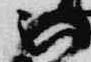
被